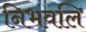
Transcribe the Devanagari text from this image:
निभवलि